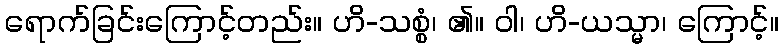
ရောက်ခြင်းကြောင့်တည်း။ ဟိ-သစ္စံ၊ ၏။ ဝါ၊ ဟိ-ယသ္မာ၊ ကြောင့်။